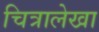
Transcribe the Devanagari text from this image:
चित्रालेखा